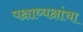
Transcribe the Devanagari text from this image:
पक्षाध्यक्षांचा